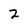
Character: 2